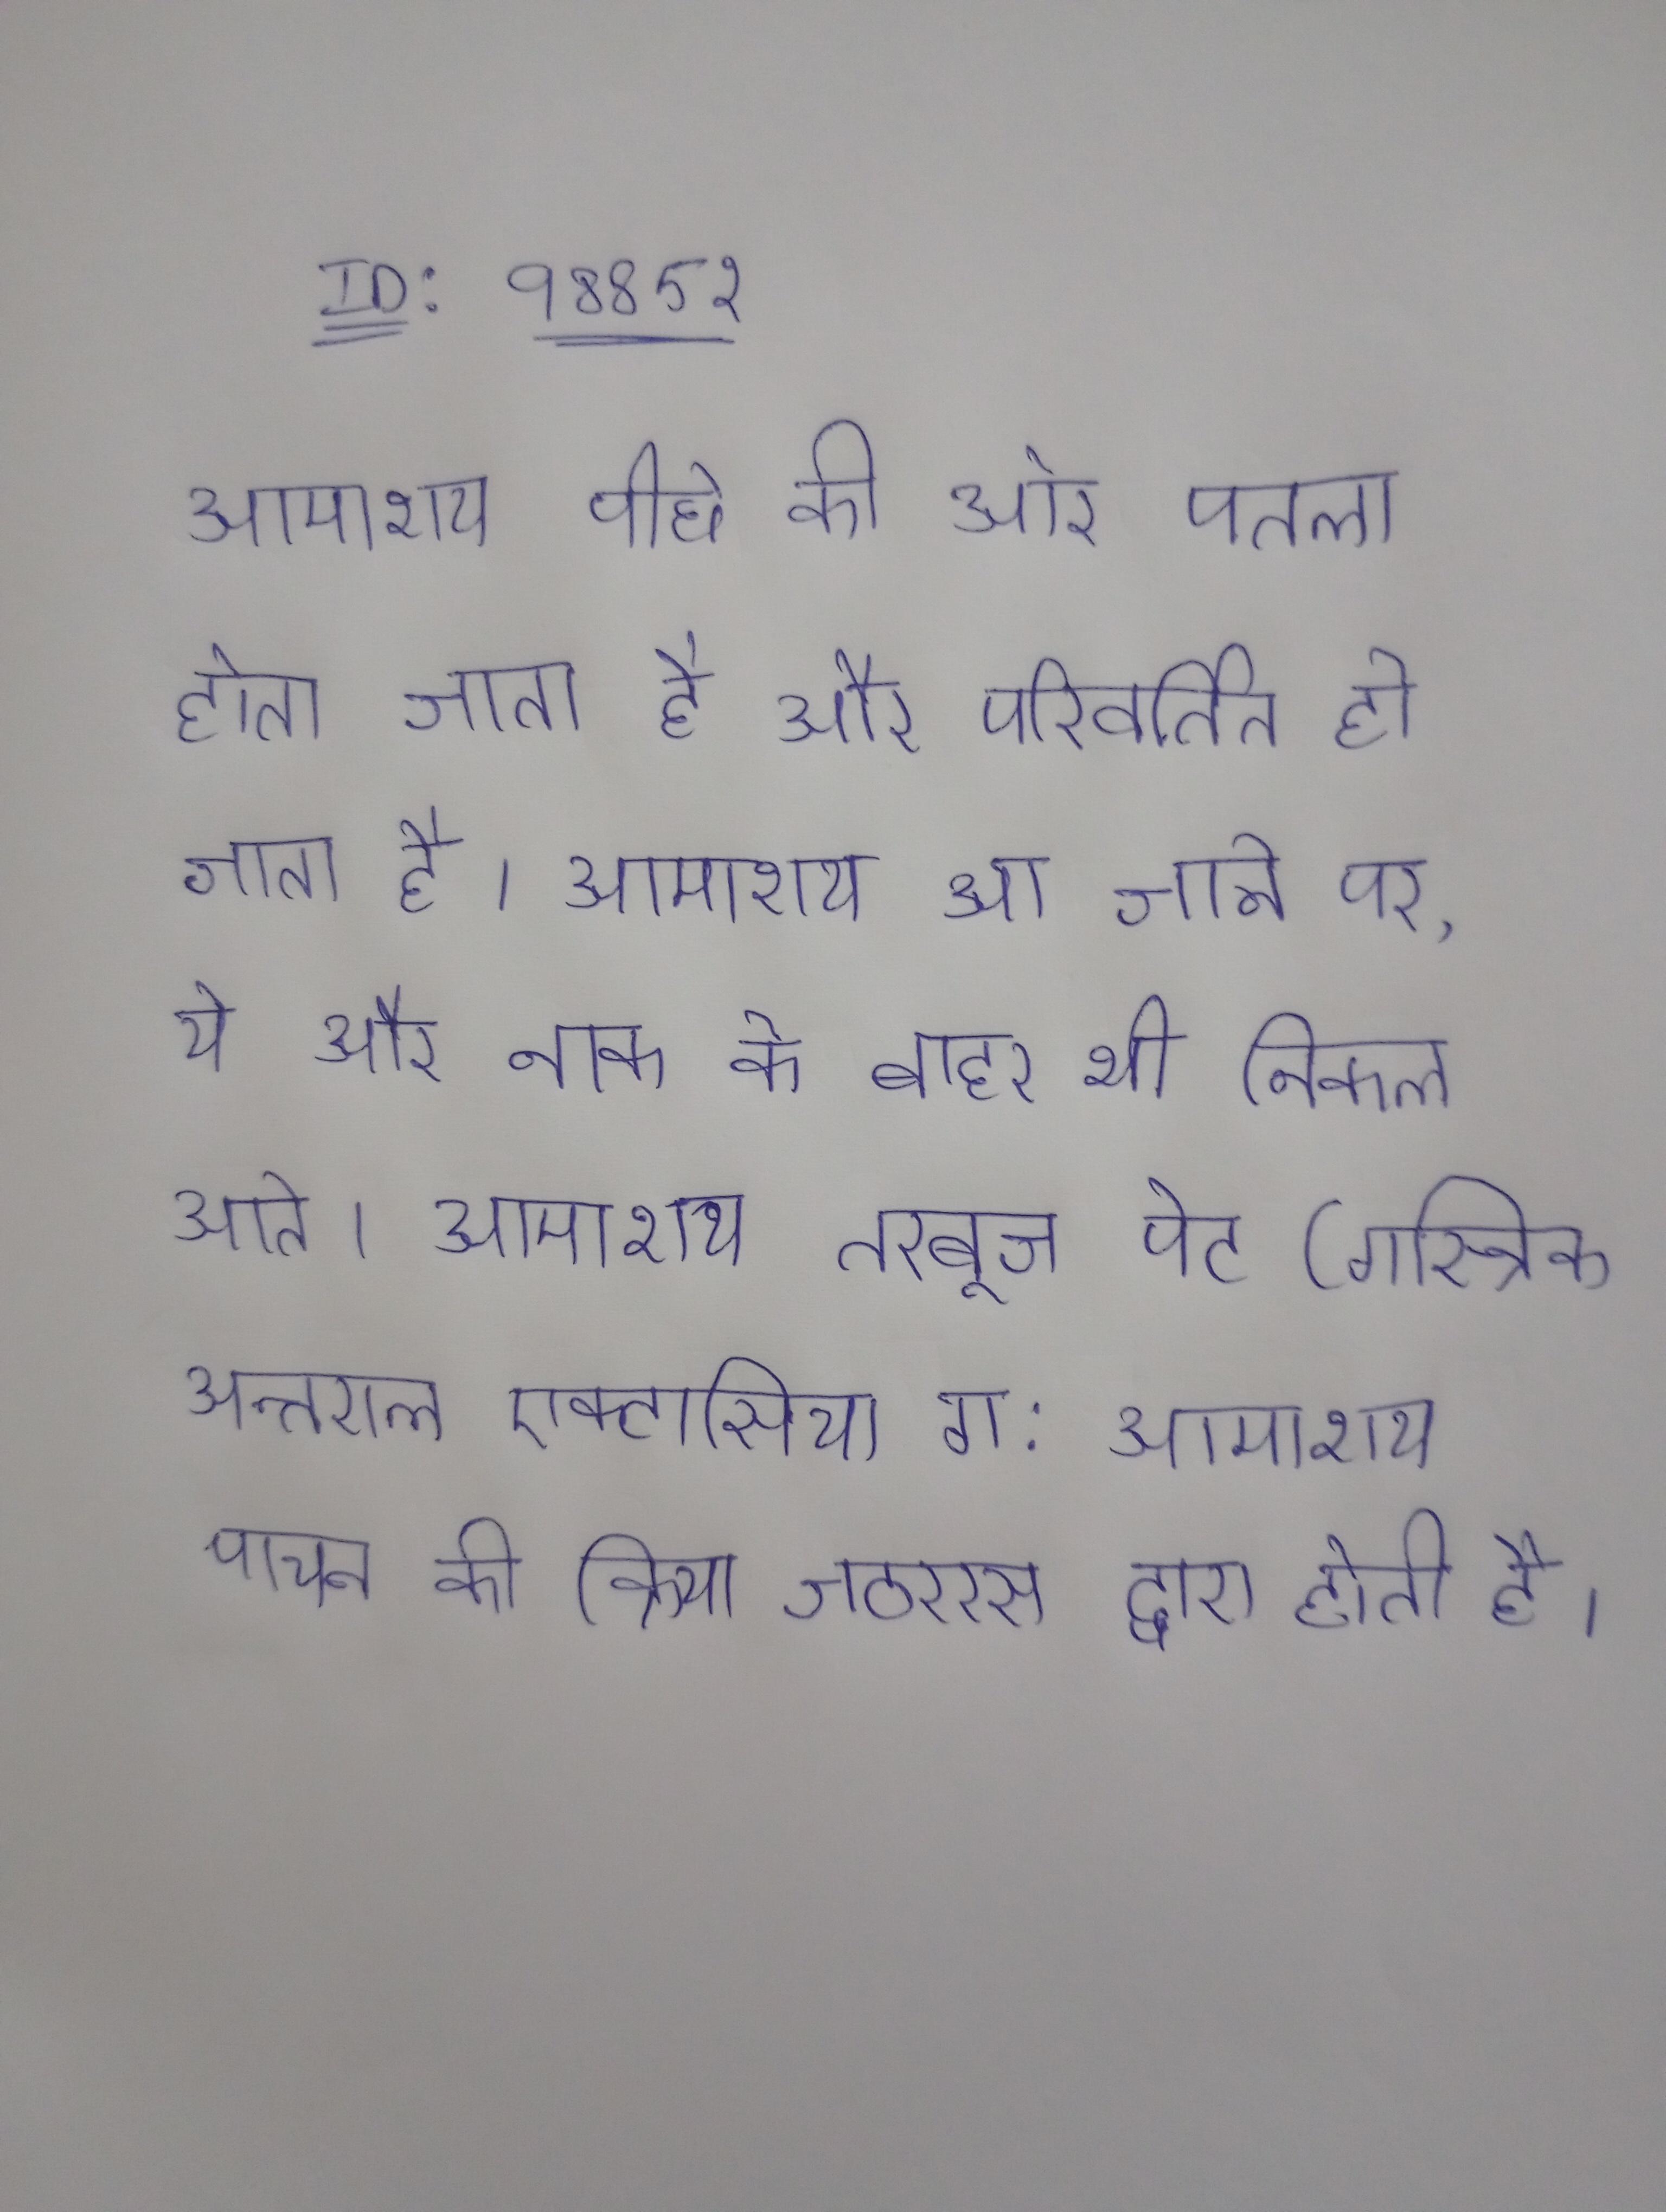
आमाशय पीछे की ओर पतला होता जाता है और परिवर्तित हो जाता है । आमाशय आ जाने पर, ये और नाक के बाहर भी निकल आते । आमाशय तरबूज पेट (गस्त्रिक अन्तराल एक्टासिया गा . आमाशय पाचन की क्रिया जठररस द्वारा होती है ।